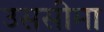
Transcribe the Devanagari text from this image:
उससीमा